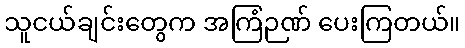
သူငယ်ချင်းတွေက အကြံဉဏ် ပေးကြတယ်။